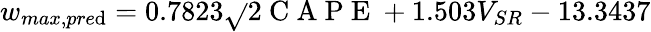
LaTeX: w_{max,pre\mathrm{d}}=0.7823\sqrt{}{{2\mathrm{{~C~A~P~E~}}}}+1.503V_{SR}-13.3437